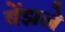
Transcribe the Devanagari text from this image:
बेंझने